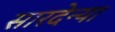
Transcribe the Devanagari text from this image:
सारदेन्या